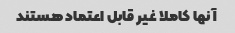
آنها کاملا غیر قابل اعتماد هستند